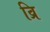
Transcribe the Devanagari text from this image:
व्रि